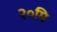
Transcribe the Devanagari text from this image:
२०मि